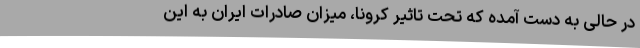
در حالی به دست آمده که تحت تاثیر کرونا، میزان صادرات ایران به این